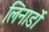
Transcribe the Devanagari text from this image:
लिनार्डो